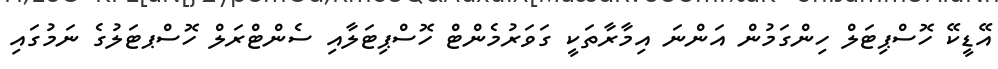
އޭޑީކޭ ހޮސްޕިޓަލް ހިންގަމުން އަންނަ އިމާރާތަކީ ގަވަރުމެންޓް ހޮސްޕިޓަލާއި ސެންޓްރަލް ހޮސްޕޓަލުގެ ނަމުގައި